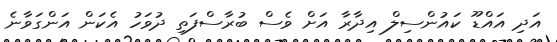
އަދި އައްޑޫ ކައުންސިލް އިދާރާ އަށް ވެސް ބުރާސްފަތި ދުވަހު އެކަން އަންގަވާނެ